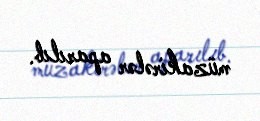
müzakirələr aparılıb.